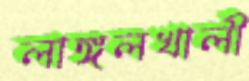
লাঙ্গলখালী